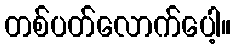
တစ်ပတ်လောက်ပေါ့။